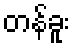
တန်ခူး